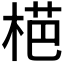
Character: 𱣪